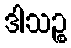
ဒါသဉ္စ